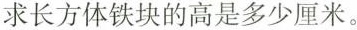
求长方体铁块的高是多少厘米。